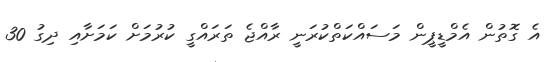
އެ ގޮތުން އެމްޑީޕީން މަސައްކަތްކުރަނީ ރާއްޖެ ތަރައްގީ ކުރުމަށް ކަމަށާއި ދިގު 30